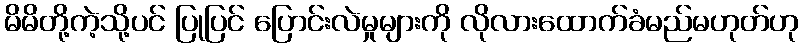
မိမိတို့ကဲ့သို့ပင် ပြုပြင် ပြောင်းလဲမှုများကို လိုလားထောက်ခံမည်မဟုတ်ဟု